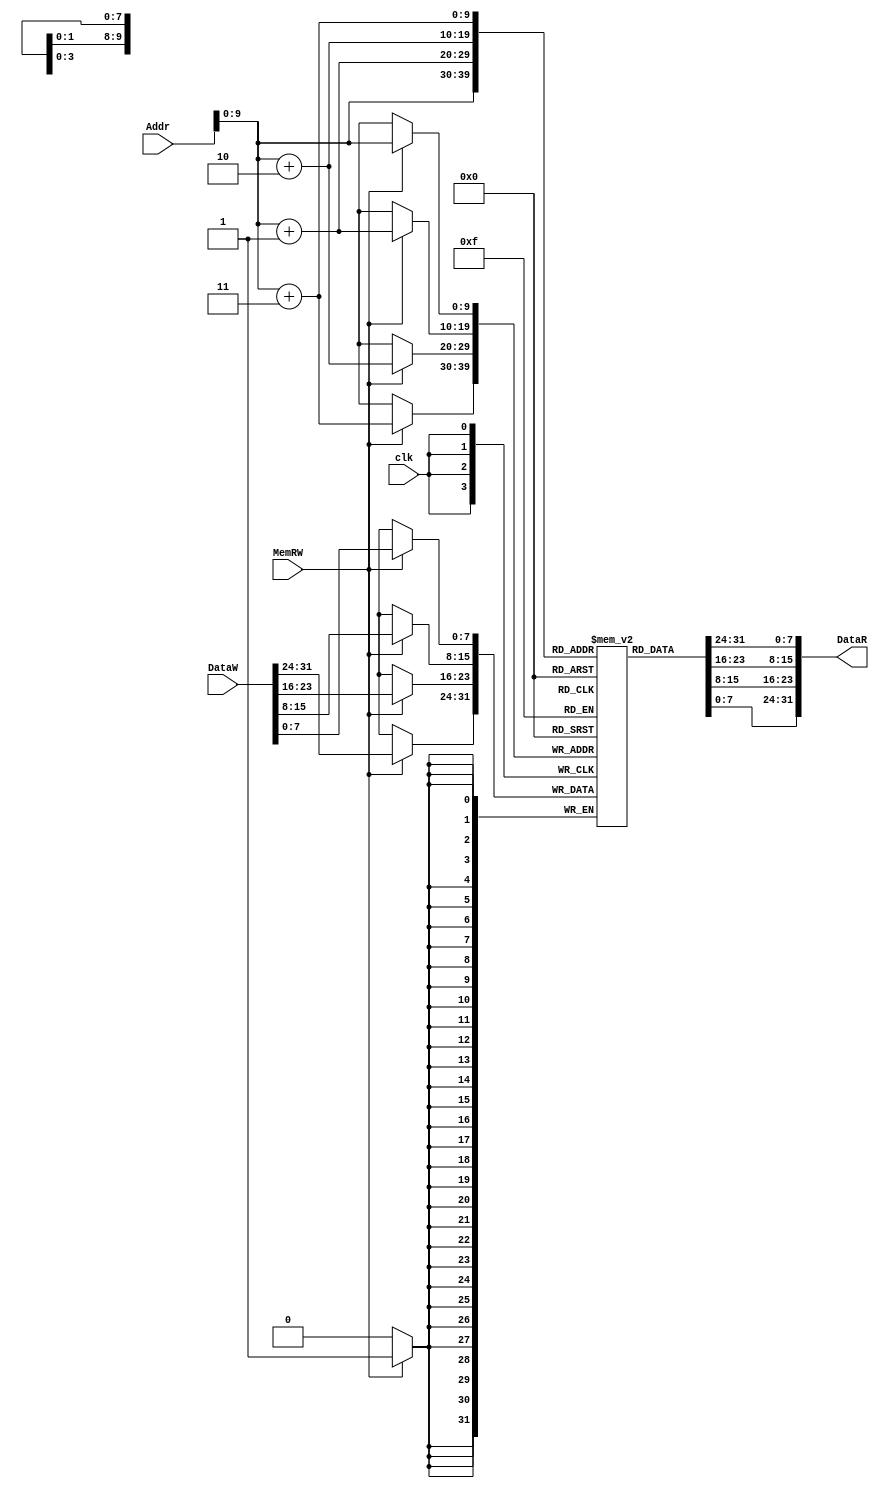
module DMEM(Addr, DataW, DataR, MemRW, clk);

output [31:0] DataR;
input clk;
input [31:0] Addr,DataW;
input MemRW;

reg [7:0] datafile [0:1023];

initial begin
	datafile[40]<=8'h05;
	datafile[41]<=8'h00;
	datafile[42]<=8'h00;
	datafile[43]<=8'h00;
	datafile[44]<=8'h00;
	datafile[45]<=8'h00;
	datafile[46]<=8'h00;
	datafile[47]<=8'h00;
	datafile[48]<=8'h00;
	datafile[49]<=8'h00;
	datafile[50]<=8'h00;
	datafile[51]<=8'h00;
	datafile[52]<=8'h00;
	datafile[53]<=8'h00;
	datafile[54]<=8'h00;
	datafile[55]<=8'h00;
	datafile[56]<=8'h00;
	datafile[57]<=8'h00;
	datafile[58]<=8'h00;
	datafile[59]<=8'h00;
	datafile[60]<=8'h00;
	datafile[61]<=8'h00;
	datafile[62]<=8'h00;
	datafile[63]<=8'h00;
	datafile[64]<=8'h00;
	datafile[65]<=8'h00;
	datafile[66]<=8'h00;
	datafile[67]<=8'h00;
	datafile[68]<=8'h00;
	datafile[69]<=8'h00;
	datafile[70]<=8'h00;
	datafile[71]<=8'h00;
	datafile[72]<=8'h00;
	datafile[73]<=8'h00;
	datafile[74]<=8'h00;
	datafile[75]<=8'h00;
	datafile[76]<=8'h00;
	datafile[77]<=8'h00;
	datafile[78]<=8'h00;
	datafile[79]<=8'h00;
end 
	
	assign DataR[7:0] = datafile[Addr];
	assign DataR[15:8] = datafile[Addr+1];
	assign DataR[23:16] = datafile[Addr+2];
	assign DataR[31:24] = datafile[Addr+3];

	always @(negedge clk) begin
	if(MemRW == 1) begin
		datafile[Addr] <= DataW[7:0];	//theo quy tac little edian
		datafile[Addr+1] <= DataW[15:8];
		datafile[Addr+2] <= DataW[23:16];
		datafile[Addr+3] <= DataW[31:24];
		end
	end
endmodule